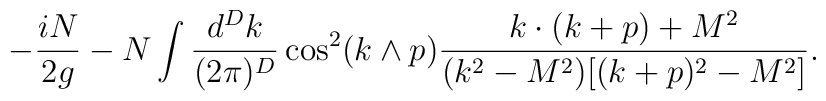
-\frac {iN}{2g}- N \int \frac{d^Dk}{(2\pi)^D} \cos^2(k\wedge p)\frac{k\cdot (k+p) + M^2}{(k^2-M^2)[(k+p)^2-M^2]}.